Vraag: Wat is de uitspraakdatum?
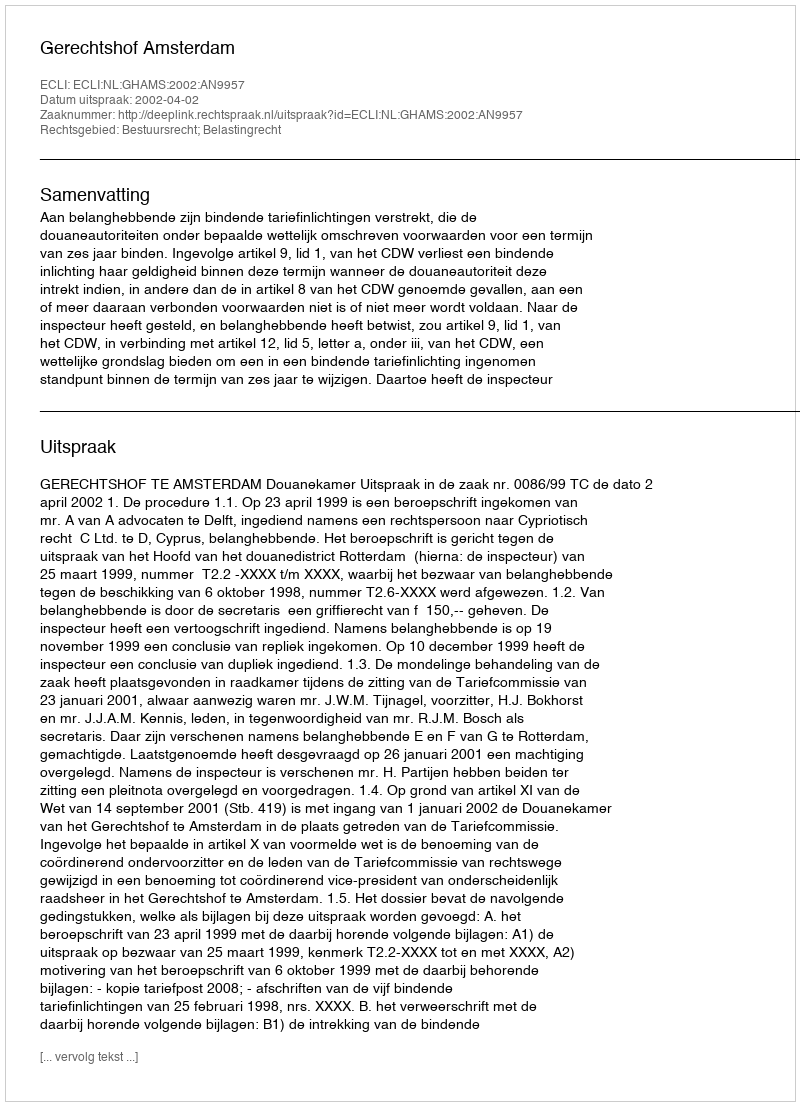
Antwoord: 2002-04-02